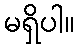
မရှိပါ။